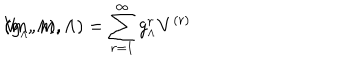
V \hspace { - . 0 7 c m } ( g _ { _ { \Lambda } } , m , \Lambda ) = \sum _ { r = 1 } ^ { \infty } g _ { _ { \Lambda } } ^ { r } V ^ { ( r ) } \hspace { - . 0 7 c m } ( m , \Lambda ) ,